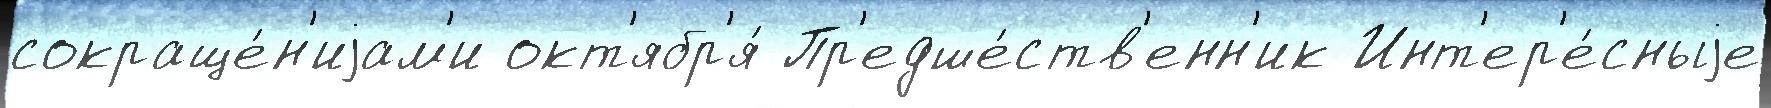
сокраще́н'иjам'и окт'ябр'я́ Пр'едше́ств'енн'ик Инт'ер'е́сныjе